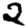
Digit: 2